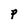
Character: P